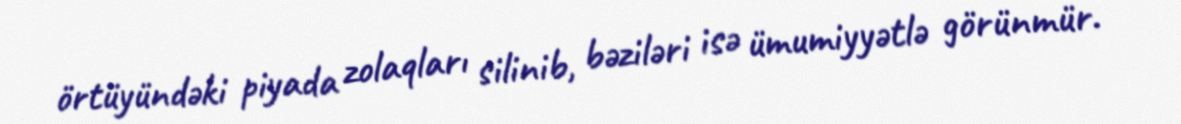
örtüyündəki piyada zolaqları silinib, bəziləri isə ümumiyyətlə görünmür.